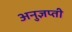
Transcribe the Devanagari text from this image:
अनुज्ञप्ती